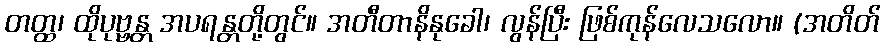
တတ္ထ၊ ထိုပုဗ္ဗန္တ အပရန္တတို့တွင်။ အတီတာနိနုခေါ၊ လွန်ပြီး ဖြစ်ကုန်လေသလော။ (အတိတ်